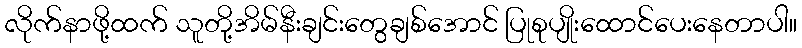
လိုက်နာဖို့ထက် သူတို့အိမ်နီးချင်းတွေချစ်အောင် ပြုစုပျိုးထောင်ပေးနေတာပါ။